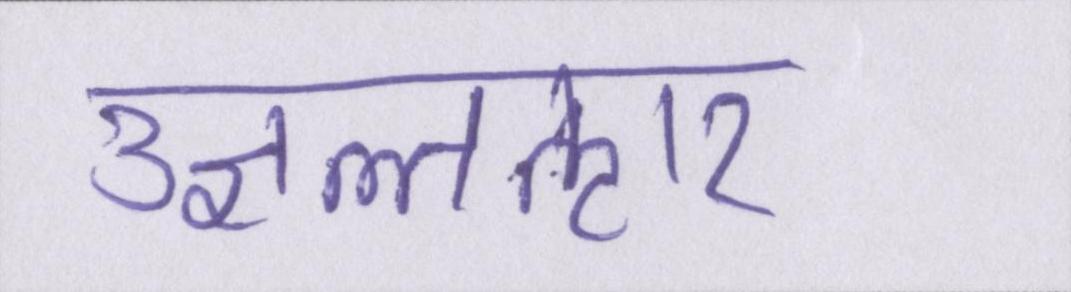
उज्ञल्तऌार